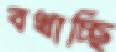
বখাচ্ছি